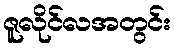
ဇူလိုင်လအတွင်း